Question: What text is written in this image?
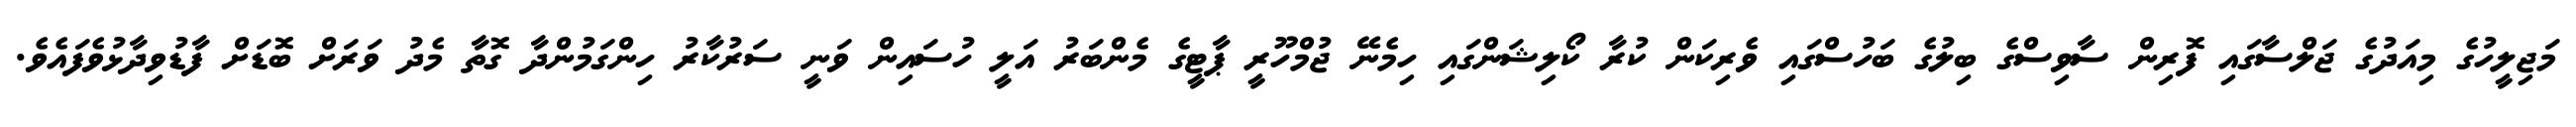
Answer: މަޖިލީހުގެ މިއަދުގެ ޖަލްސާގައި ފޮރިން ސާވިސްގެ ބިލުގެ ބަހުސްގައި ވެރިކަން ކުރާ ކޯލިޝަންގައި ހިމެނޭ ޖުމްހޫރީ ޕާޓީގެ މެންބަރު އަލީ ހުސައިން ވަނީ ސަރުކާރު ހިންގަމުންދާ ގޮތާ މެދު ވަރަށް ބޮޑަށް ފާޑުވިދާޅުވެފައެވެ.